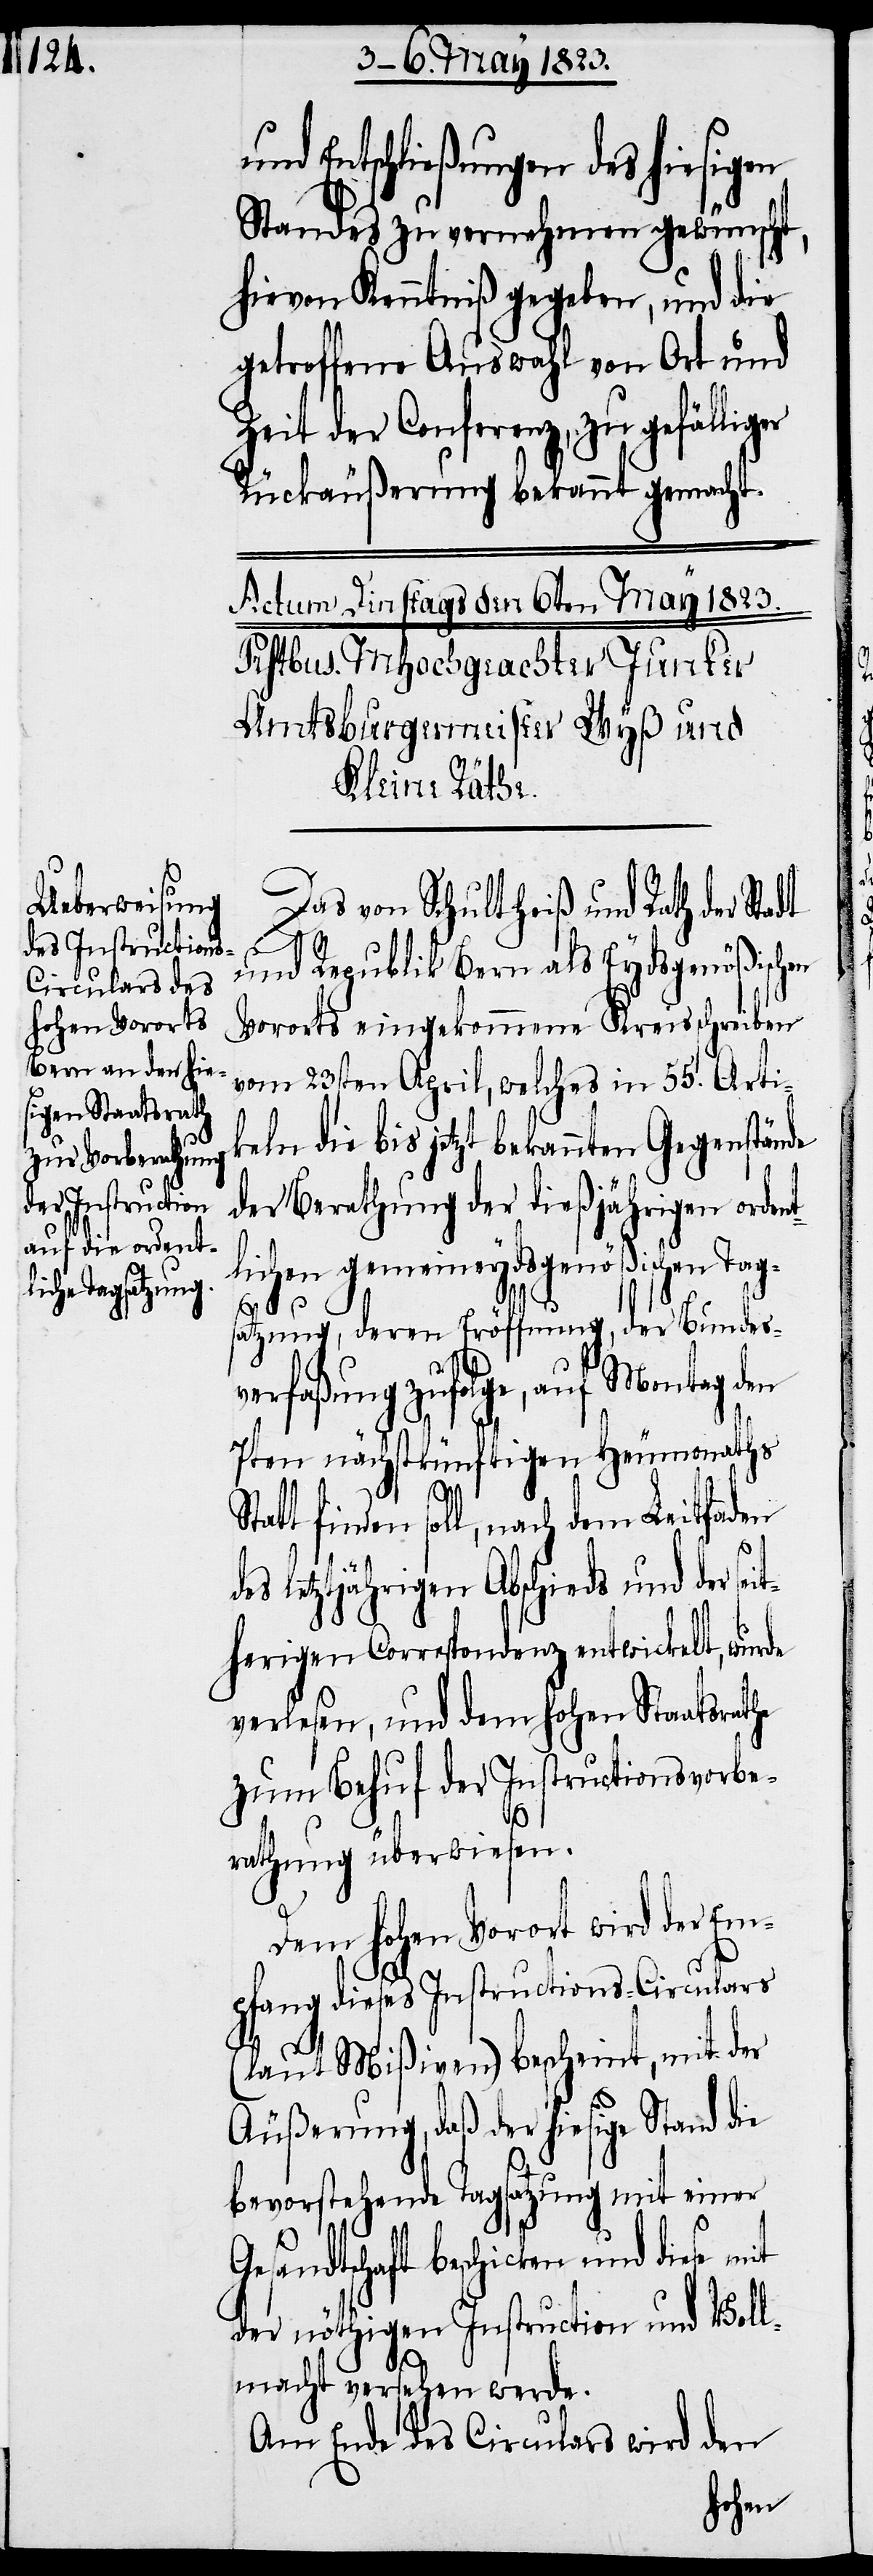
und Entschließungen des hiesigen
Standes zu vernehmen gewünscht,
hievon Kenntniß gegeben, und die
getroffene Auswahl von Ort und
Zeit der Conferenz, zu gefällig¬
Rückäußerung bekannt gemacht.
Das von Schultheiß und Rath der Stadt
und Republik Bern als Eydsgenößischen
Vororts eingekommene Kreisschreiben
vom 23sten April, welches in 55. Arti¬
keln die bis jetzt bekannten Gegenstände
der Berathung der dießjährigen ordent¬
lichen gemeineydsgenößischen Ta¬
satzung, deren Eröffnung, der Bundesv¬
erfaßung zufolge, auf Montag
7ten nächstkünftigen Heumonaths
G¬
d¬
Statt finden soll, nach dem Leitfaden
es letztjährigen Abschieds und der sei¬
therigen Correspondenz entwickelt, wurde
verlesen, und dem hohen Staatsrathe
zum Behuf der Instructionsvorbe¬
rathung überwiesen.
Dem hohen Vorort wird der Em¬
pfang dieses Instructions-Circulars
(laut Mißiven) bescheint, mit der
Äußerung, daß der hiesige Stand die
bevorstehende Tagsatzung mit einer
esandtschaft beschicken und diese
der nöthigen Instruction und Voll¬
macht versehen werde.
Am Ende des Circulars wird den
den